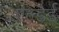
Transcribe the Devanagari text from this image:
एल्डैर्ड